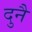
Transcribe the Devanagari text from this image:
दुनै